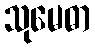
သုမေဓာ